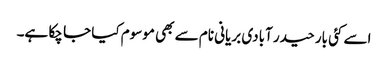
اسے کئی بار حیدر آبادی بریانی نام سے بھی موسوم کیا جا چکا ہے۔